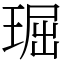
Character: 㻕